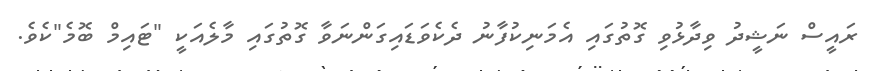
ރައީސް ނަޝީދު ވިދާޅުވި ގޮތުގައި އެމަނިކުފާނު ދެކެވަޑައިގަންނަވާ ގޮތުގައި މާލެއަކީ "ޓައިމް ބޮމެ"ކެވެ.